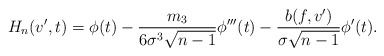
\begin{align*}H_n(v', t) = \phi(t) - \frac{m_3}{ 6 \sigma^3 \sqrt{n-1}} \phi'''(t) - \frac{ b(f, v') }{ \sigma \sqrt{n-1} } \phi'(t). \end{align*}